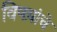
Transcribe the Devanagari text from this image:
विषय़ांचे